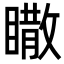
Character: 𥋌